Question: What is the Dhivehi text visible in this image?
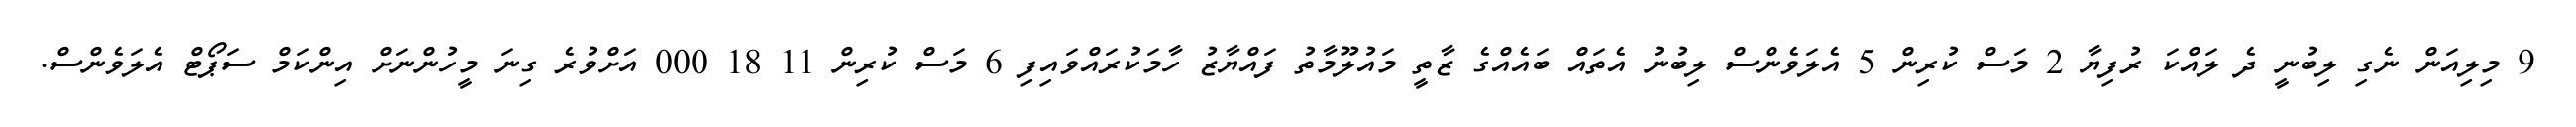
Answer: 9 މިލިއަން ނެގި ލިބުނީ ދެ ލައްކަ ރުފިޔާ 2 މަސް ކުރިން 5 އެލަވެންސް ލިބުނު އެތައް ބައެއްގެ ޒާތީ މައުލޫމާތު ފައްޔާޒު ހާމަކުރައްވައިފި 6 މަސް ކުރިން 11 18 000 އަށްވުރެ ގިނަ މީހުންނަށް އިންކަމް ސަޕޯޓް އެލަވެންސް.